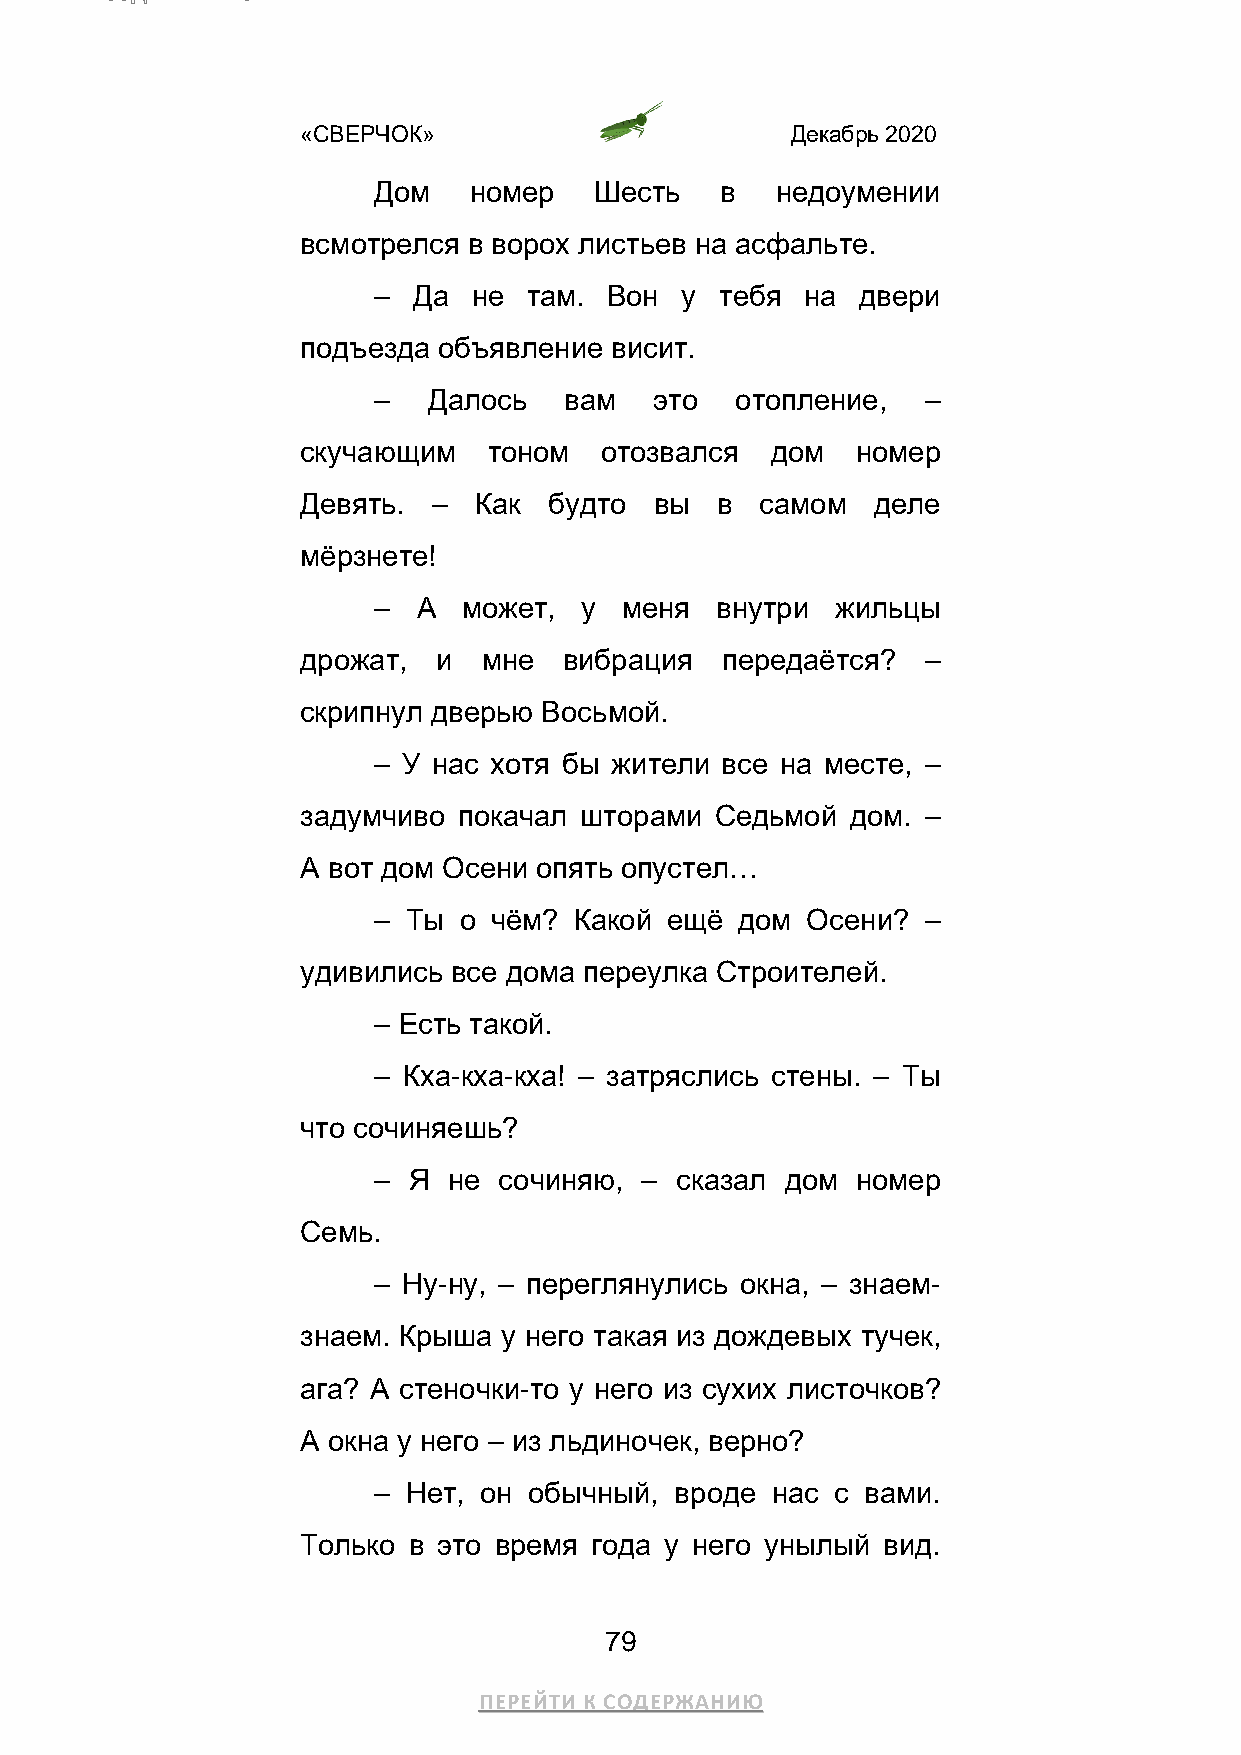
«СВЕРЧОК»                       Декабрь 2020
 Дом   номер   Шесть    в  недоумении
 всмотрелся в ворох листьев на асфальте.
 – Да  не  там. Вон  у  тебя на  двери
 подъезда объявление висит.
 –  Далось   вам   это   отопление,  –
 скучающим   тоном   отозвался  дом   номер
 Девять.  – Как  будто  вы  в  самом   деле
 мёрзнете!
 –  А  может, у  меня  внутри  жильцы
 дрожат,  и  мне  вибрация   передаётся?  –
 скрипнул дверью Восьмой.
 – У нас хотя бы жители все на месте, –
 задумчиво покачал шторами  Седьмой  дом. –
 А вот дом Осени опять опустел…
 – Ты о чём?  Какой ещё  дом Осени?  –
 удивились все дома переулка Строителей.
 – Есть такой.
 – Кха-кха-кха! – затряслись стены. – Ты
 что сочиняешь?
 – Я  не сочиняю, –  сказал дом  номер
 Семь.
 – Ну-ну, – переглянулись окна, – знаем-
 знаем. Крыша у него такая из дождевых тучек,
 ага? А стеночки-то у него из сухих листочков?
 А окна у него – из льдиночек, верно?
 – Нет, он обычный,  вроде нас с вами.
 Только в это время года у него унылый вид.
 79
 ПЕРЕЙТИ К СОДЕРЖАНИЮ